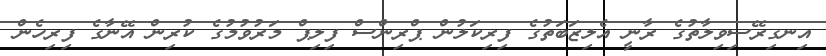
އިނގިރޭސިވިލާތުގެ ރާނީ އެލިޒަބަތުގެ ފިރިކަލުން ޕްރިންސް ފިލިޕް މަރުވުމުގެ ކުރިން އޭނާގެ ފިރިހެން